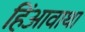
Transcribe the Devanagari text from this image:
हिंआवाथा